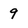
Character: 9